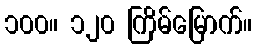
၁၀၀။ ၁၂၀ ကြိမ်မြောက်။